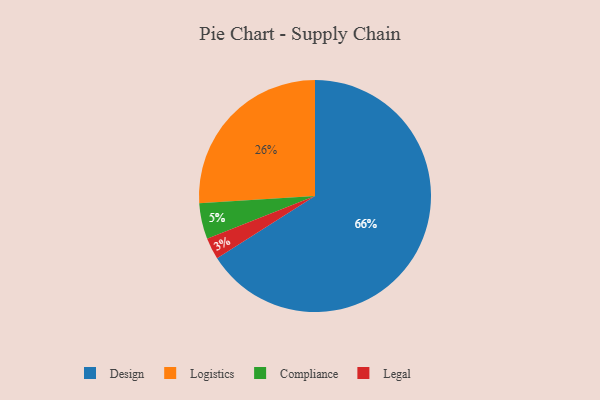
{"axis": {"x": "Category", "y": "Percentage"}, "legend": ["Compliance", "Design", "Legal", "Logistics"], "data": [{"x": "Compliance", "y": 5, "type": "Compliance"}, {"x": "Legal", "y": 3, "type": "Legal"}, {"x": "Logistics", "y": 26, "type": "Logistics"}, {"x": "Design", "y": 66, "type": "Design"}]}